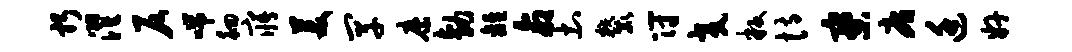
躬濯仄喘徊寤美罕縻勃离命土麓符交叛恃寮庸廷奸